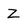
Character: Z